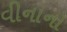
વીનાનો